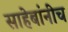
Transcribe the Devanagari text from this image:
साहेबांनीच